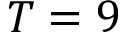
T = 9